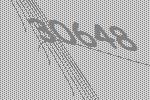
30648